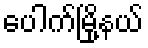
ပေါက်မြို့နယ်